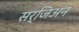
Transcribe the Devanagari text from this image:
सर्जिअन